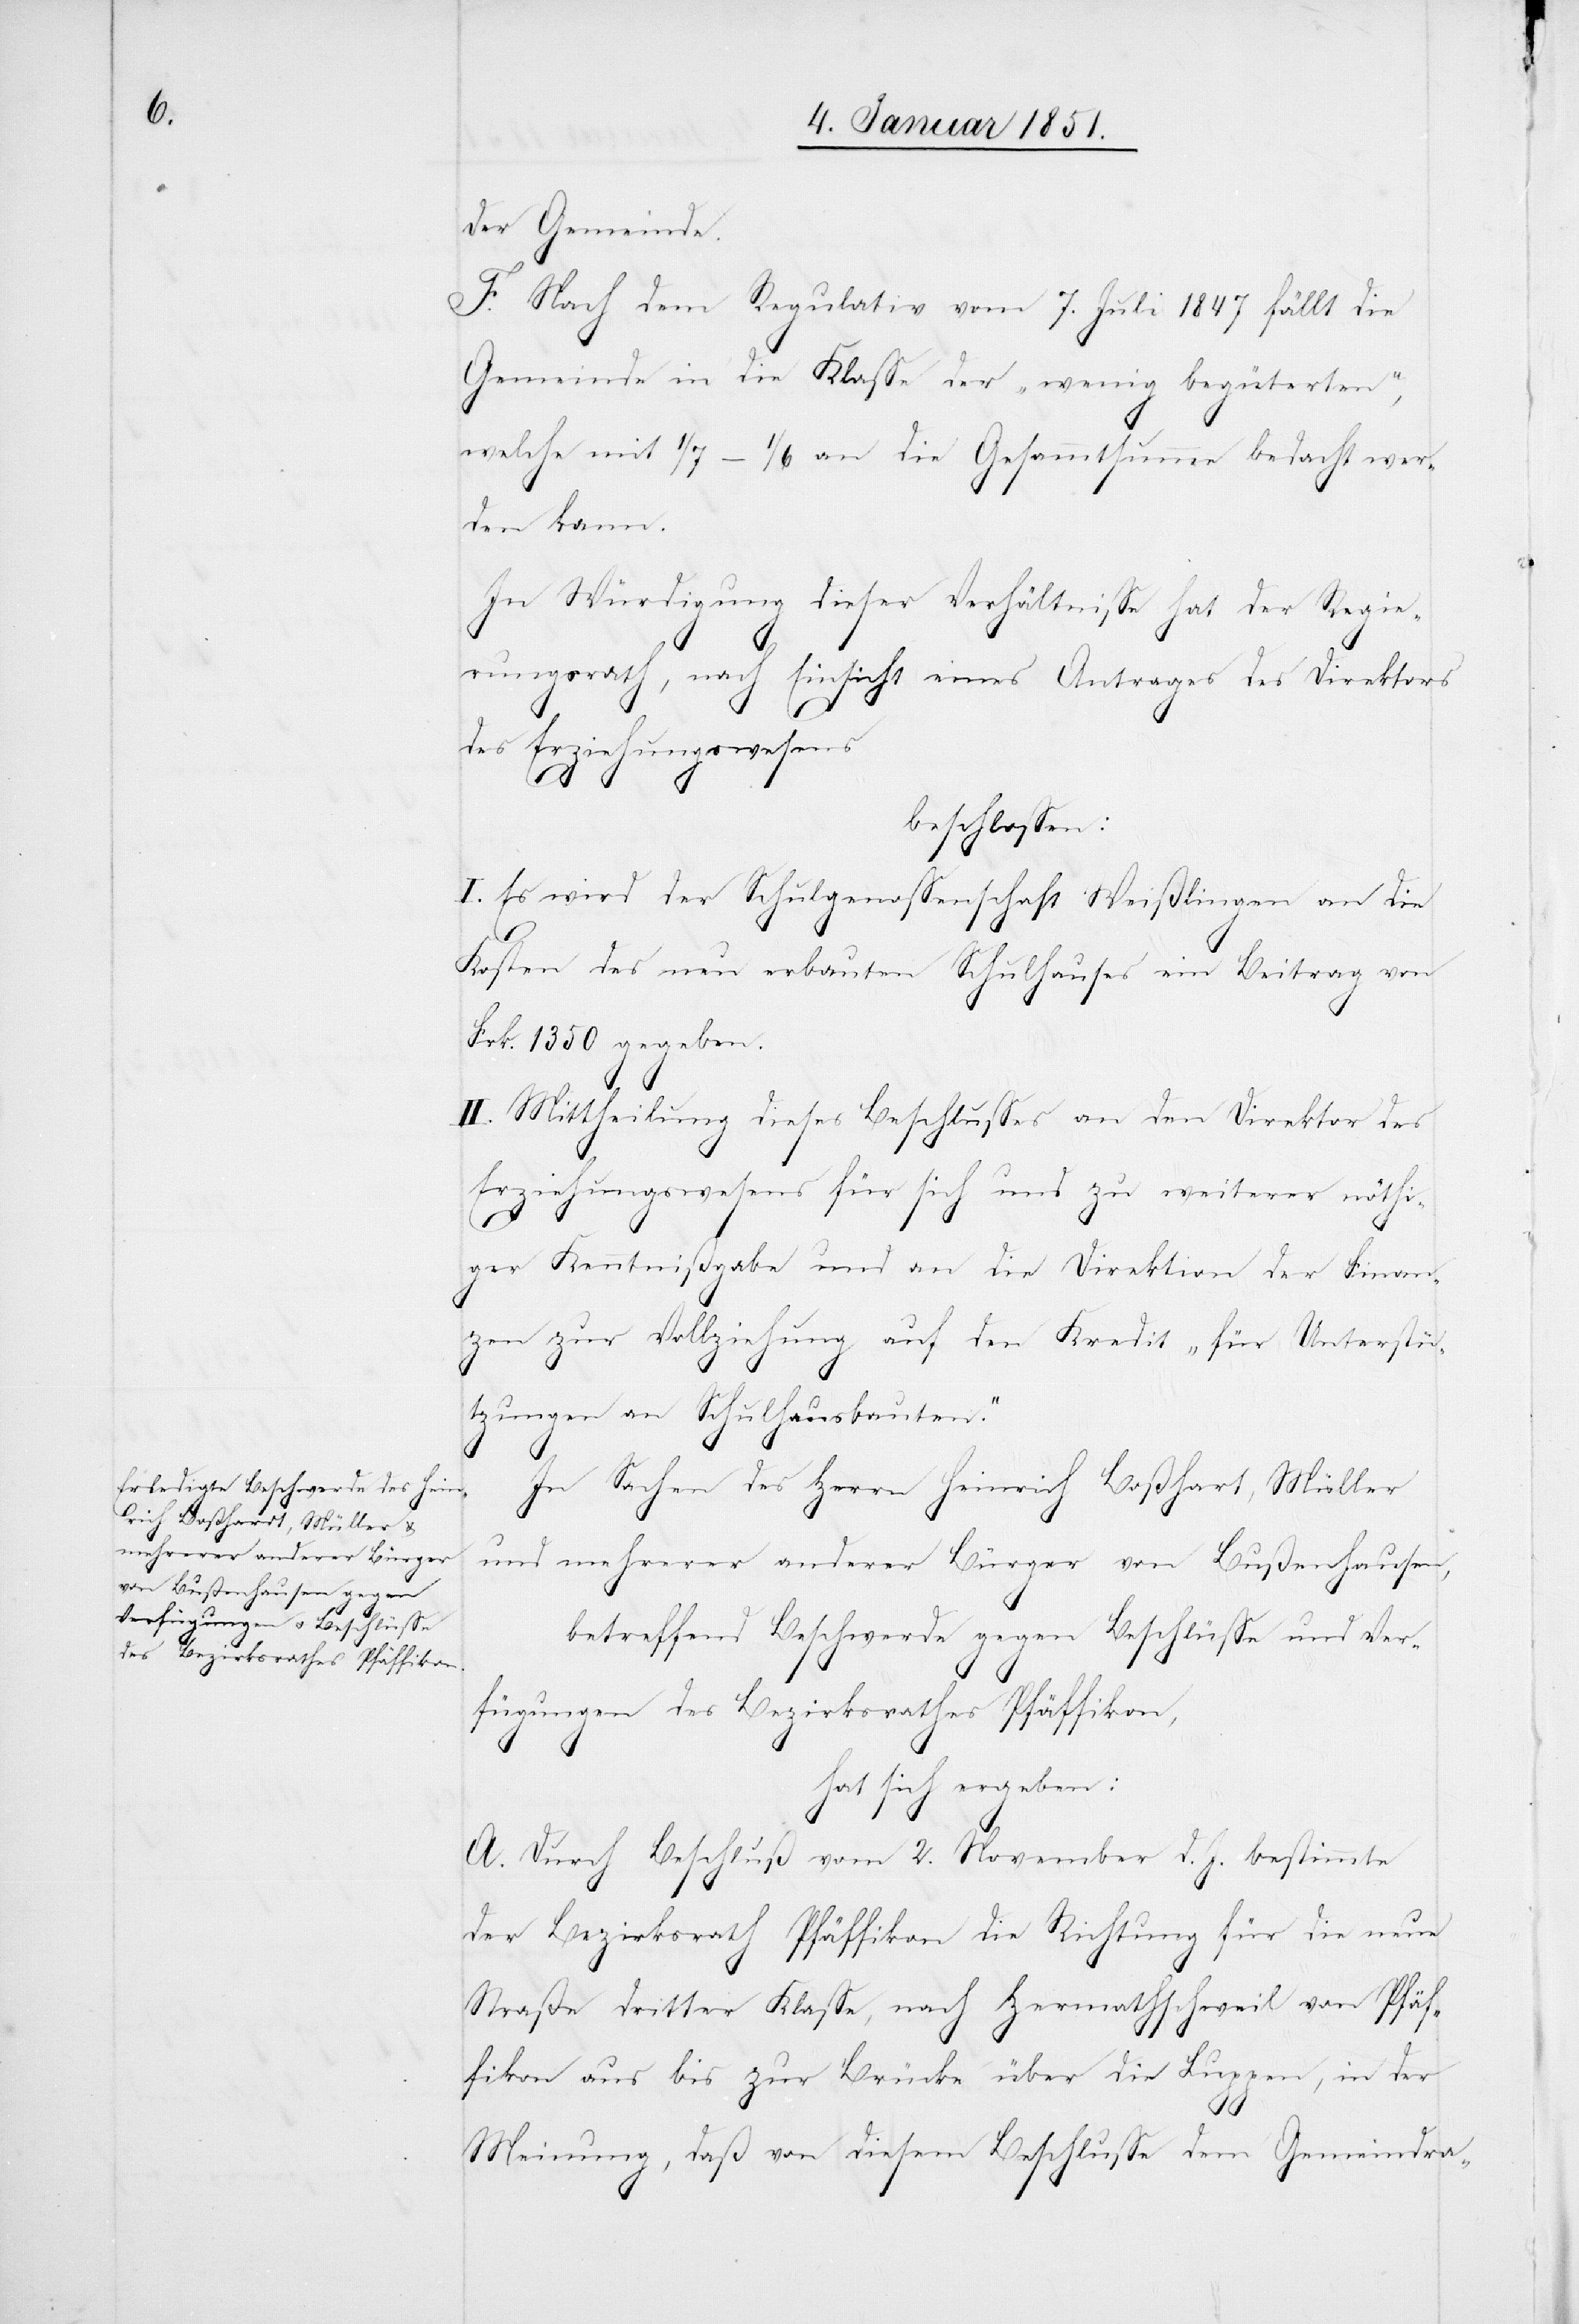
der Gemeinde.
F. Nach dem Regulativ vom 7. Juli 1847 fällt die
Gemeinde in die Klasse der „wenig begüterten“,
welche mit 1/7–1/6 an die Gesammtsumme bedacht wer¬
den kann.
In Würdigung dieser Verhältnisse hat der Regie¬
rungsrath, nach Einsicht eines Antrages des Direktors
des Erziehungswesens
beschlossen:
I. Es wird der Schulgenossenschaft Weißlingen an die
Kosten des neu erbauten Schulhauses ein Beitrag von
Frk. 1350 gegeben.
II. Mittheilung dieses Beschlusses an den Direktor des
Erziehungswesens für sich und zu weiterer nöthi¬
ger Kenntnißgabe und an die Direktion der Finan¬
zen zur Vollziehung auf den Kredit „für Unterstü¬
tzungen an Schulhausbauten“.
In Sachen des Herrn Heinrich Boßhart [sic!],
und mehrerer anderer Bürger von Bußenhausen,
betreffend Beschwerde gegen Beschlüsse und Ver¬
fügungen des Bezirksrathes Pfäffikon,
hat sich ergeben:
A. Durch Beschluß vom 2. November d. J. [recte:
v.
der Bezirksrath Pfäffikon die Richtung für die neue
Straße dritter Klasse, nach Hermathschweil von Pfäf¬
fikon aus bis zur Brücke über die Luppen, in der
Meinung, daß von diesem Beschlusse dem Gemeindra-